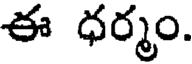
ఈ ధర్మం.